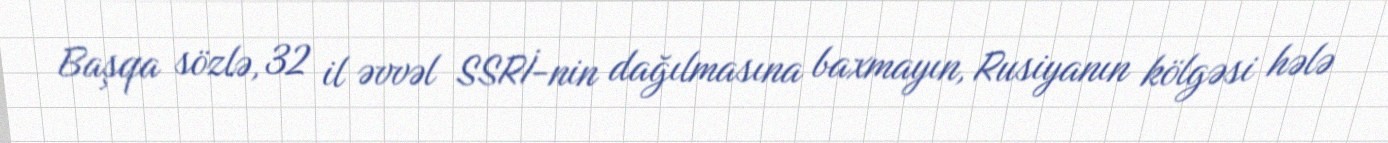
Başqa sözlə, 32 il əvvəl SSRİ-nin dağılmasına baxmayın, Rusiyanın kölgəsi hələ